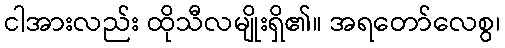
ငါအားလည်း ထိုသီလမျိုးရှိ၏။ အရတော်လေစွ၊